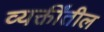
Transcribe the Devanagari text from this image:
व्यक्तींतील